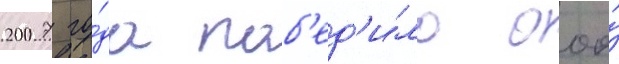
2007 го́да поб'ед'и́ло ооо́